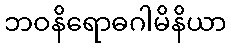
ဘဝနိရောဓဂါမိနိယာ